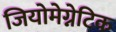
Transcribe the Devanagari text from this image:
जियोमेग्नेटिक